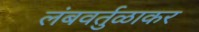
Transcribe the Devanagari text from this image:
लंबवर्तुळाकर